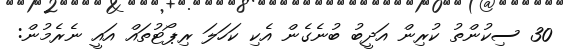
30 ސިކުންތު ކުރިން އަދީބު ބުނެގެން އެކި ކަހަލަ ރިޕޯޓުތައް އައީ ނެރެމުން: